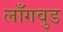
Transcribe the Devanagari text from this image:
लाँगवुड